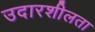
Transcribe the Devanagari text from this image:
उदारशीलता